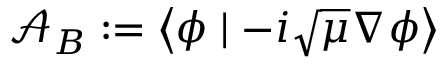
\mathcal { A } _ { B } : = \left\langle \phi \mid - i \sqrt { \mu } \nabla \phi \right\rangle